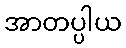
အာတပ္ပါယ